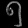
Digit: ၅